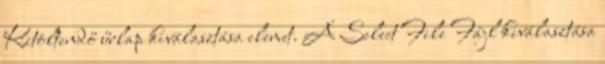
Kitöltendő űrlap kiválasztása elemet. A Select File Fájl kiválasztása